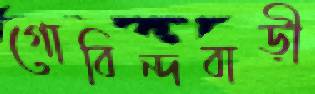
গোবিন্দবাড়ী